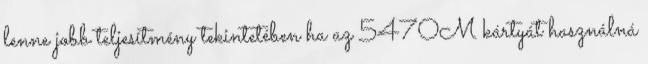
lenne jobb teljesítmény tekintetében ha az 5470M kártyát használná